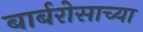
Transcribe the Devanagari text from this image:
बार्बरोसाच्या